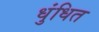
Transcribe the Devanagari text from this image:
धुंधित